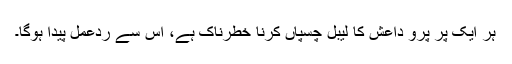
ہر ایک پر پرو داعش کا لیبل چسپاں کرنا خطرناک ہے، اس سے ردعمل پیدا ہوگا۔